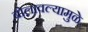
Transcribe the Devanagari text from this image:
बोलावल्यामुळे